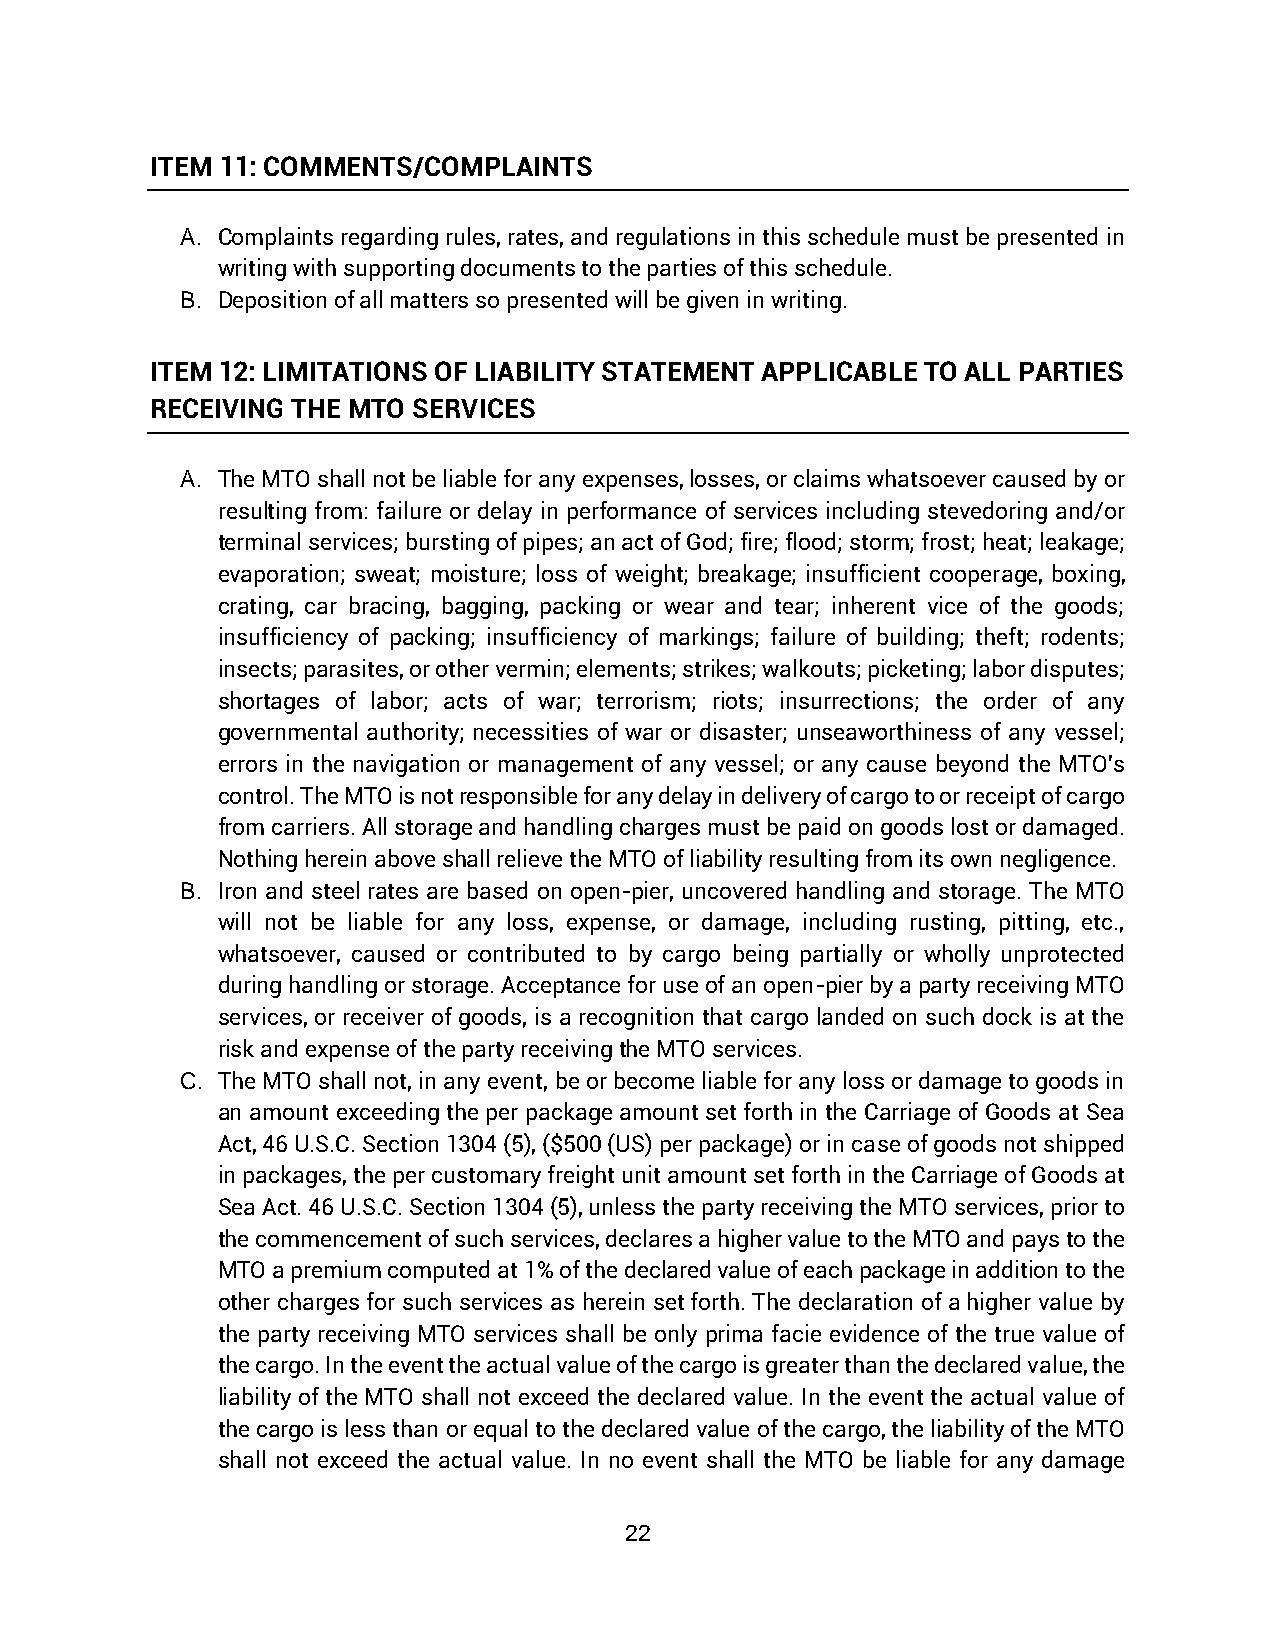
ITEM 11: COMMENTS/COMPLAINTS
 A. Complaints regarding rules, rates, and regulations in this schedule must be presented in
 writing with supporting documents to the parties of this schedule.
 B. Deposition of all matters so presented will be given in writing.
 ITEM 12: LIMITATIONS OF LIABILITY STATEMENT APPLICABLE TO ALL PARTIES
 RECEIVING THE MTO SERVICES
 A. The MTO shall not be liable for any expenses, losses, or claims whatsoever caused by or
 resulting from: failure or delay in performance of services including stevedoring and/or
 terminal services; bursting of pipes; an act of God; fire; flood; storm; frost; heat; leakage;
 evaporation; sweat; moisture; loss of weight; breakage; insufficient cooperage, boxing,
 crating, car bracing, bagging, packing or wear and tear; inherent vice of the goods;
 insufficiency of packing; insufficiency of markings; failure of building; theft; rodents;
 insects; parasites, or other vermin; elements; strikes; walkouts; picketing; labor disputes;
 shortages of labor; acts of war; terrorism; riots; insurrections; the order of any
 governmental authority; necessities of war or disaster; unseaworthiness of any vessel;
 errors in the navigation or management of any vessel; or any cause beyond the MTO's
 control. The MTO is not responsible for any delay in delivery of cargo to or receipt of cargo
 from carriers. All storage and handling charges must be paid on goods lost or damaged.
 Nothing herein above shall relieve the MTO of liability resulting from its own negligence.
 B. Iron and steel rates are based on open-pier, uncovered handling and storage. The MTO
 will not be liable for any loss, expense, or damage, including rusting, pitting, etc.,
 whatsoever, caused or contributed to by cargo being partially or wholly unprotected
 during handling or storage. Acceptance for use of an open-pier by a party receiving MTO
 services, or receiver of goods, is a recognition that cargo landed on such dock is at the
 risk and expense of the party receiving the MTO services.
 C. The MTO shall not, in any event, be or become liable for any loss or damage to goods in
 an amount exceeding the per package amount set forth in the Carriage of Goods at Sea
 Act, 46 U.S.C. Section 1304 (5), ($500 (US) per package) or in case of goods not shipped
 in packages, the per customary freight unit amount set forth in the Carriage of Goods at
 Sea Act. 46 U.S.C. Section 1304 (5), unless the party receiving the MTO services, prior to
 the commencement of such services, declares a higher value to the MTO and pays to the
 MTO a premium computed at 1% of the declared value of each package in addition to the
 other charges for such services as herein set forth. The declaration of a higher value by
 the party receiving MTO services shall be only prima facie evidence of the true value of
 the cargo. In the event the actual value of the cargo is greater than the declared value, the
 liability of the MTO shall not exceed the declared value. In the event the actual value of
 the cargo is less than or equal to the declared value of the cargo, the liability of the MTO
 shall not exceed the actual value. In no event shall the MTO be liable for any damage
 22